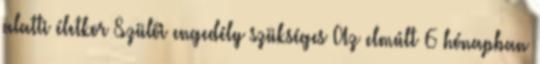
alatti életkor Szülői engedély szükséges Az elmúlt 6 hónapban